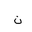
Letter: _non